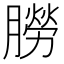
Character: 朥